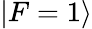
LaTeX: |F=1\rangle